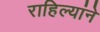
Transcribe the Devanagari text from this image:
राहिल्यांने